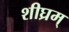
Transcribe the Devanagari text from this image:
शीघ्रम्